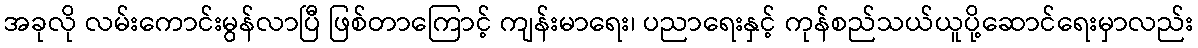
အခုလို လမ်းကောင်းမွန်လာပြီ ဖြစ်တာကြောင့် ကျန်းမာရေး၊ ပညာရေးနှင့် ကုန်စည်သယ်ယူပို့ဆောင်ရေးမှာလည်း